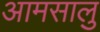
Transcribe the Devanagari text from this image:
आमसालु